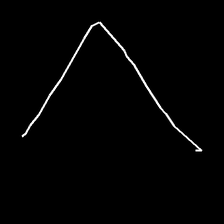
Glyph: region